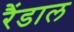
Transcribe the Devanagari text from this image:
रैंडाल